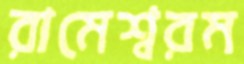
রামেশ্বরম